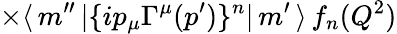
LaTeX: \times\langle\, m^{\prime\prime}\, |\{ ip_{\mu}\Gamma^{\mu}(p^{\prime})\} ^{n}|\, m^{\prime}\, \rangle\, f_{n}(Q^{2})